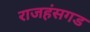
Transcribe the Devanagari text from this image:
राजहंसगड